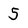
Character: 5